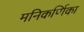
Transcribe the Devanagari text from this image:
मनिकर्णिका